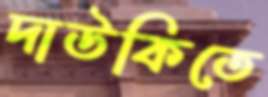
দাউকিতে